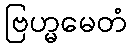
ဗြဟ္မမေတံ